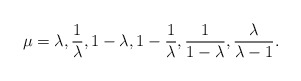
\begin{align*}\mu = \lambda, \frac{1}{\lambda},1-\lambda, 1-\frac{1}{\lambda}, \frac{1}{1-\lambda}, \frac{\lambda}{\lambda-1}.\end{align*}